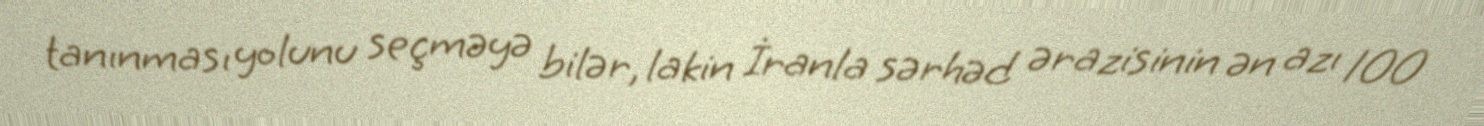
tanınması yolunu seçməyə bilər, lakin İranla sərhəd ərazisinin ən azı 100